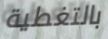
بالتغطية